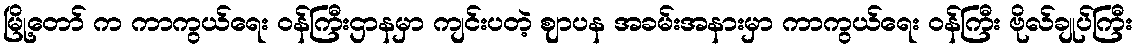
မြို့တော် က ကာကွယ်ရေး ဝန်ကြီးဌာနမှာ ကျင်းပတဲ့ ဈာပန အခမ်းအနားမှာ ကာကွယ်ရေး ဝန်ကြီး ဗိုလ်ချုပ်ကြီး